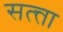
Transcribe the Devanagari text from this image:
सत्त्ता